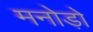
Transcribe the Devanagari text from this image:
मनोड़ो